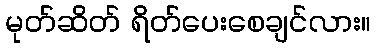
မုတ်ဆိတ် ရိတ်ပေးစေချင်လား။